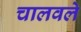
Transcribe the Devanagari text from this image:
चालवले